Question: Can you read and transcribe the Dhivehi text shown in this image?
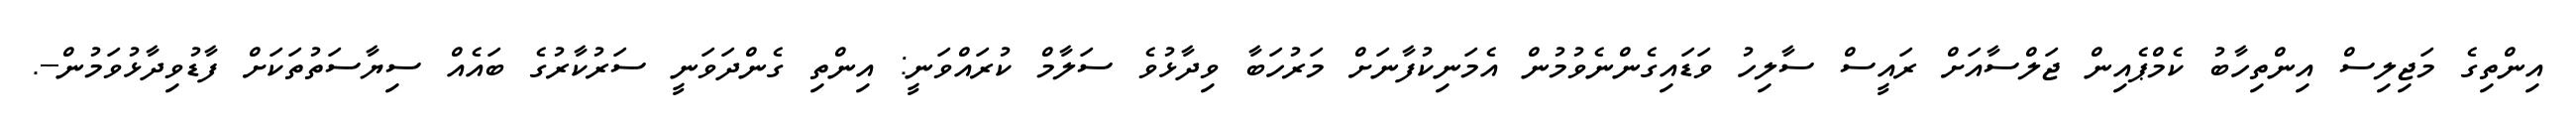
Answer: އިންތިގެ މަޖިލިސް އިންތިހާބު ކެމްޕެއިން ޖަލްސާއަށް ރައީސް ސާލިހު ވަޑައިގެންނެވުމުން އެމަނިކުފާނަށް މަރުހަބާ ވިދާޅުވެ ސަލާމް ކުރައްވަނީ: އިންތި ގެންދަވަނީ ސަރުކާރުގެ ބައެއް ސިޔާސަތުތަކަށް ފާޑުވިދާޅުވަމުން--.